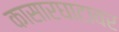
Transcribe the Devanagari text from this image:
कासारघाटावर